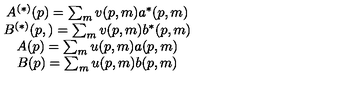
\begin{array} { c } { A ^ { \left( * \right) } ( p ) = \sum _ { m } v ( p , m ) a ^ { * } ( p , m ) } \\ { B ^ { \left( * \right) } ( p , ) = \sum _ { m } v ( p , m ) b ^ { * } ( p , m ) } \\ { A ( p ) = \sum _ { m } u ( p , m ) a ( p , m ) } \\ { B ( p ) = \sum _ { m } u ( p , m ) b ( p , m ) } \\ \end{array}